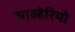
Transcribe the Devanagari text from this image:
साव्हेरियो